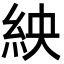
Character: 紻